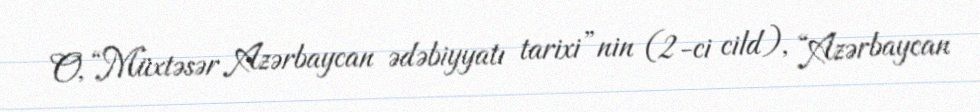
O, “Müxtəsər Azərbaycan ədəbiyyatı tarixi”nin (2-ci cild), “Azərbaycan